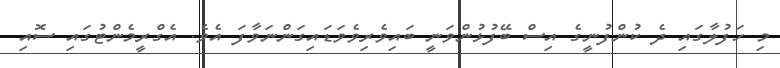
މި ހަފުލާގައި ދެ ކުންފުނީގެ އިސް ބޭފުޅުންވަނީ ބައިވެރިވެވަޑައިގަންނަވާފަ އެވެ. އެގްރީމެންޓުގައި ސޮއި